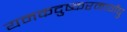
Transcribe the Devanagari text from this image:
यमकदुष्करमार्गेषु